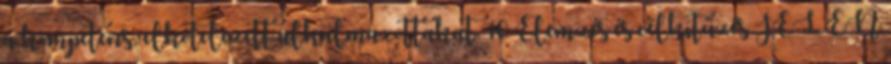
a kompetens, elkötelezett alkalmazottakat. 10 Elemzés és célkitűzés JELEN